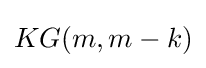
KG(m,m-k)